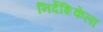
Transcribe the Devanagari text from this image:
निर्देशिकेला